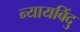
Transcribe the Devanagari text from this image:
न्यायबिंदु